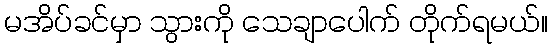
မအိပ်ခင်မှာ သွားကို သေချာပေါက် တိုက်ရမယ်။